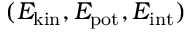
( E _ { \mathrm { k i n } } , E _ { \mathrm { p o t } } , E _ { \mathrm { i n t } } )